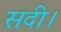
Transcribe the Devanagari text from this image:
सदी।